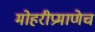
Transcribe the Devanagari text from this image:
मोहरीप्रमाणेच